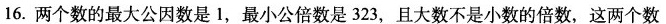
16.两个数的最大公因数是1，最小公倍数是323，且大数不是小数的倍数，这两个数